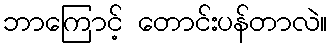
ဘာကြောင့် တောင်းပန်တာလဲ။